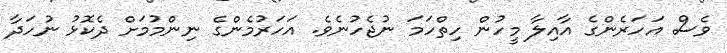
ވެސް އަހަރެންގެ އާއިލާ މީހުން ހިތްހަމަ ނުޖެހުނެވެ. އަހަރުމެންގެ ނިންމުމަށް ދެކޮޅު ނުހަދާ